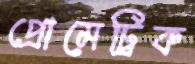
প্রোমেট্রিক